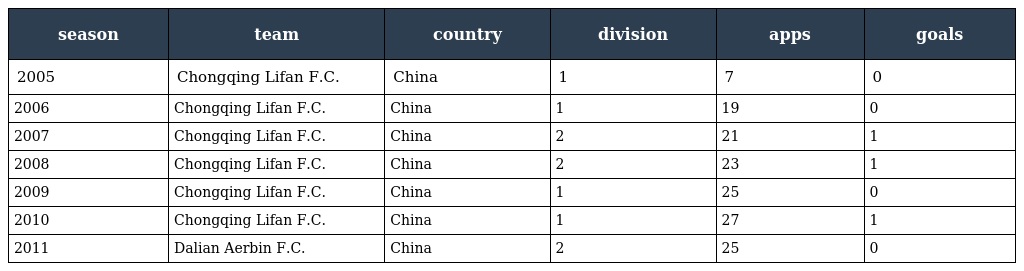
| season | team | country | division | apps | goals |
 | --- | --- | --- | --- | --- | --- |
 | 2005 | Chongqing Lifan F.C. | China | 1 | 7 | 0 |
 | 2006 | Chongqing Lifan F.C. | China | 1 | 19 | 0 |
 | 2007 | Chongqing Lifan F.C. | China | 2 | 21 | 1 |
 | 2008 | Chongqing Lifan F.C. | China | 2 | 23 | 1 |
 | 2009 | Chongqing Lifan F.C. | China | 1 | 25 | 0 |
 | 2010 | Chongqing Lifan F.C. | China | 1 | 27 | 1 |
 | 2011 | Dalian Aerbin F.C. | China | 2 | 25 | 0 |